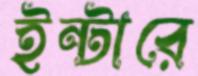
ইন্টারে